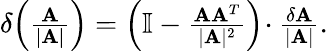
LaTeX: \begin{array}{r}{\delta\! \left(\frac{\mathbf{A}}{|\mathbf{A}|}\right)=\left(\mathbb{I}-\frac{\mathbf{A}\mathbf{A}^{T}}{|\mathbf{A}|^{2}}\right)\! \cdot\frac{\delta\mathbf{A}}{|\mathbf{A}|}.}\end{array}